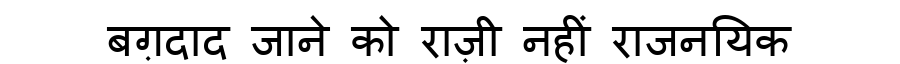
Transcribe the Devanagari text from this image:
बग़दाद जाने को राज़ी नहीं राजनयिक